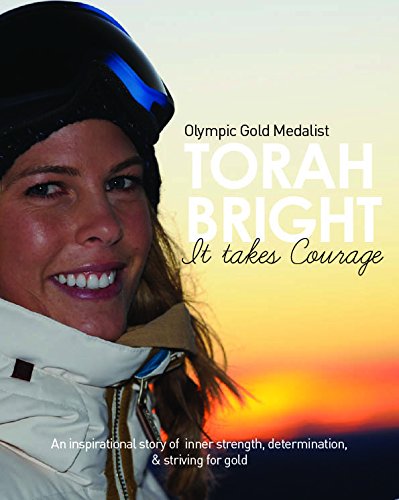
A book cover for Torah Bright: It Takes Courage; Torah Bright; Sports & Outdoors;